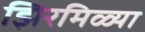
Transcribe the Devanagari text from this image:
झिरमिळ्या